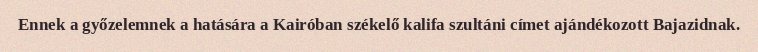
Ennek a győzelemnek a hatására a Kairóban székelő kalifa szultáni címet ajándékozott Bajazidnak.